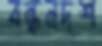
বন্ধনদশ